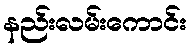
နည်းလမ်းကောင်း